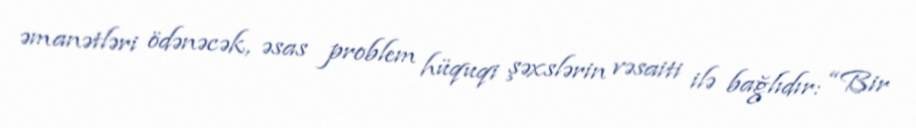
əmanətləri ödənəcək, əsas problem hüquqi şəxslərin vəsaiti ilə bağlıdır: “Bir